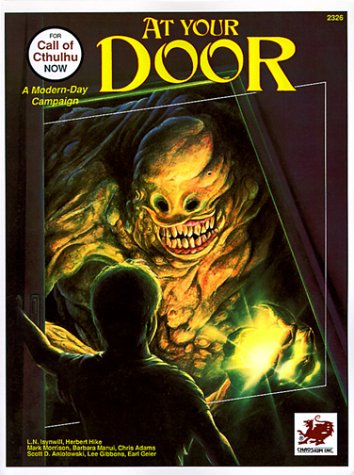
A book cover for At Your Door (Call of Cthulhu Horror Roleplaying, Modern Era, #2326); L. N. Isynwill; Science Fiction & Fantasy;